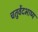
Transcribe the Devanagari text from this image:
चतुर्वेदभाष्य